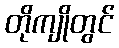
တိုကျိုတွင်